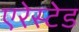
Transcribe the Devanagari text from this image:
एरेस्टेड